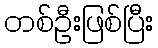
တစ်ဦးဖြစ်ပြီး